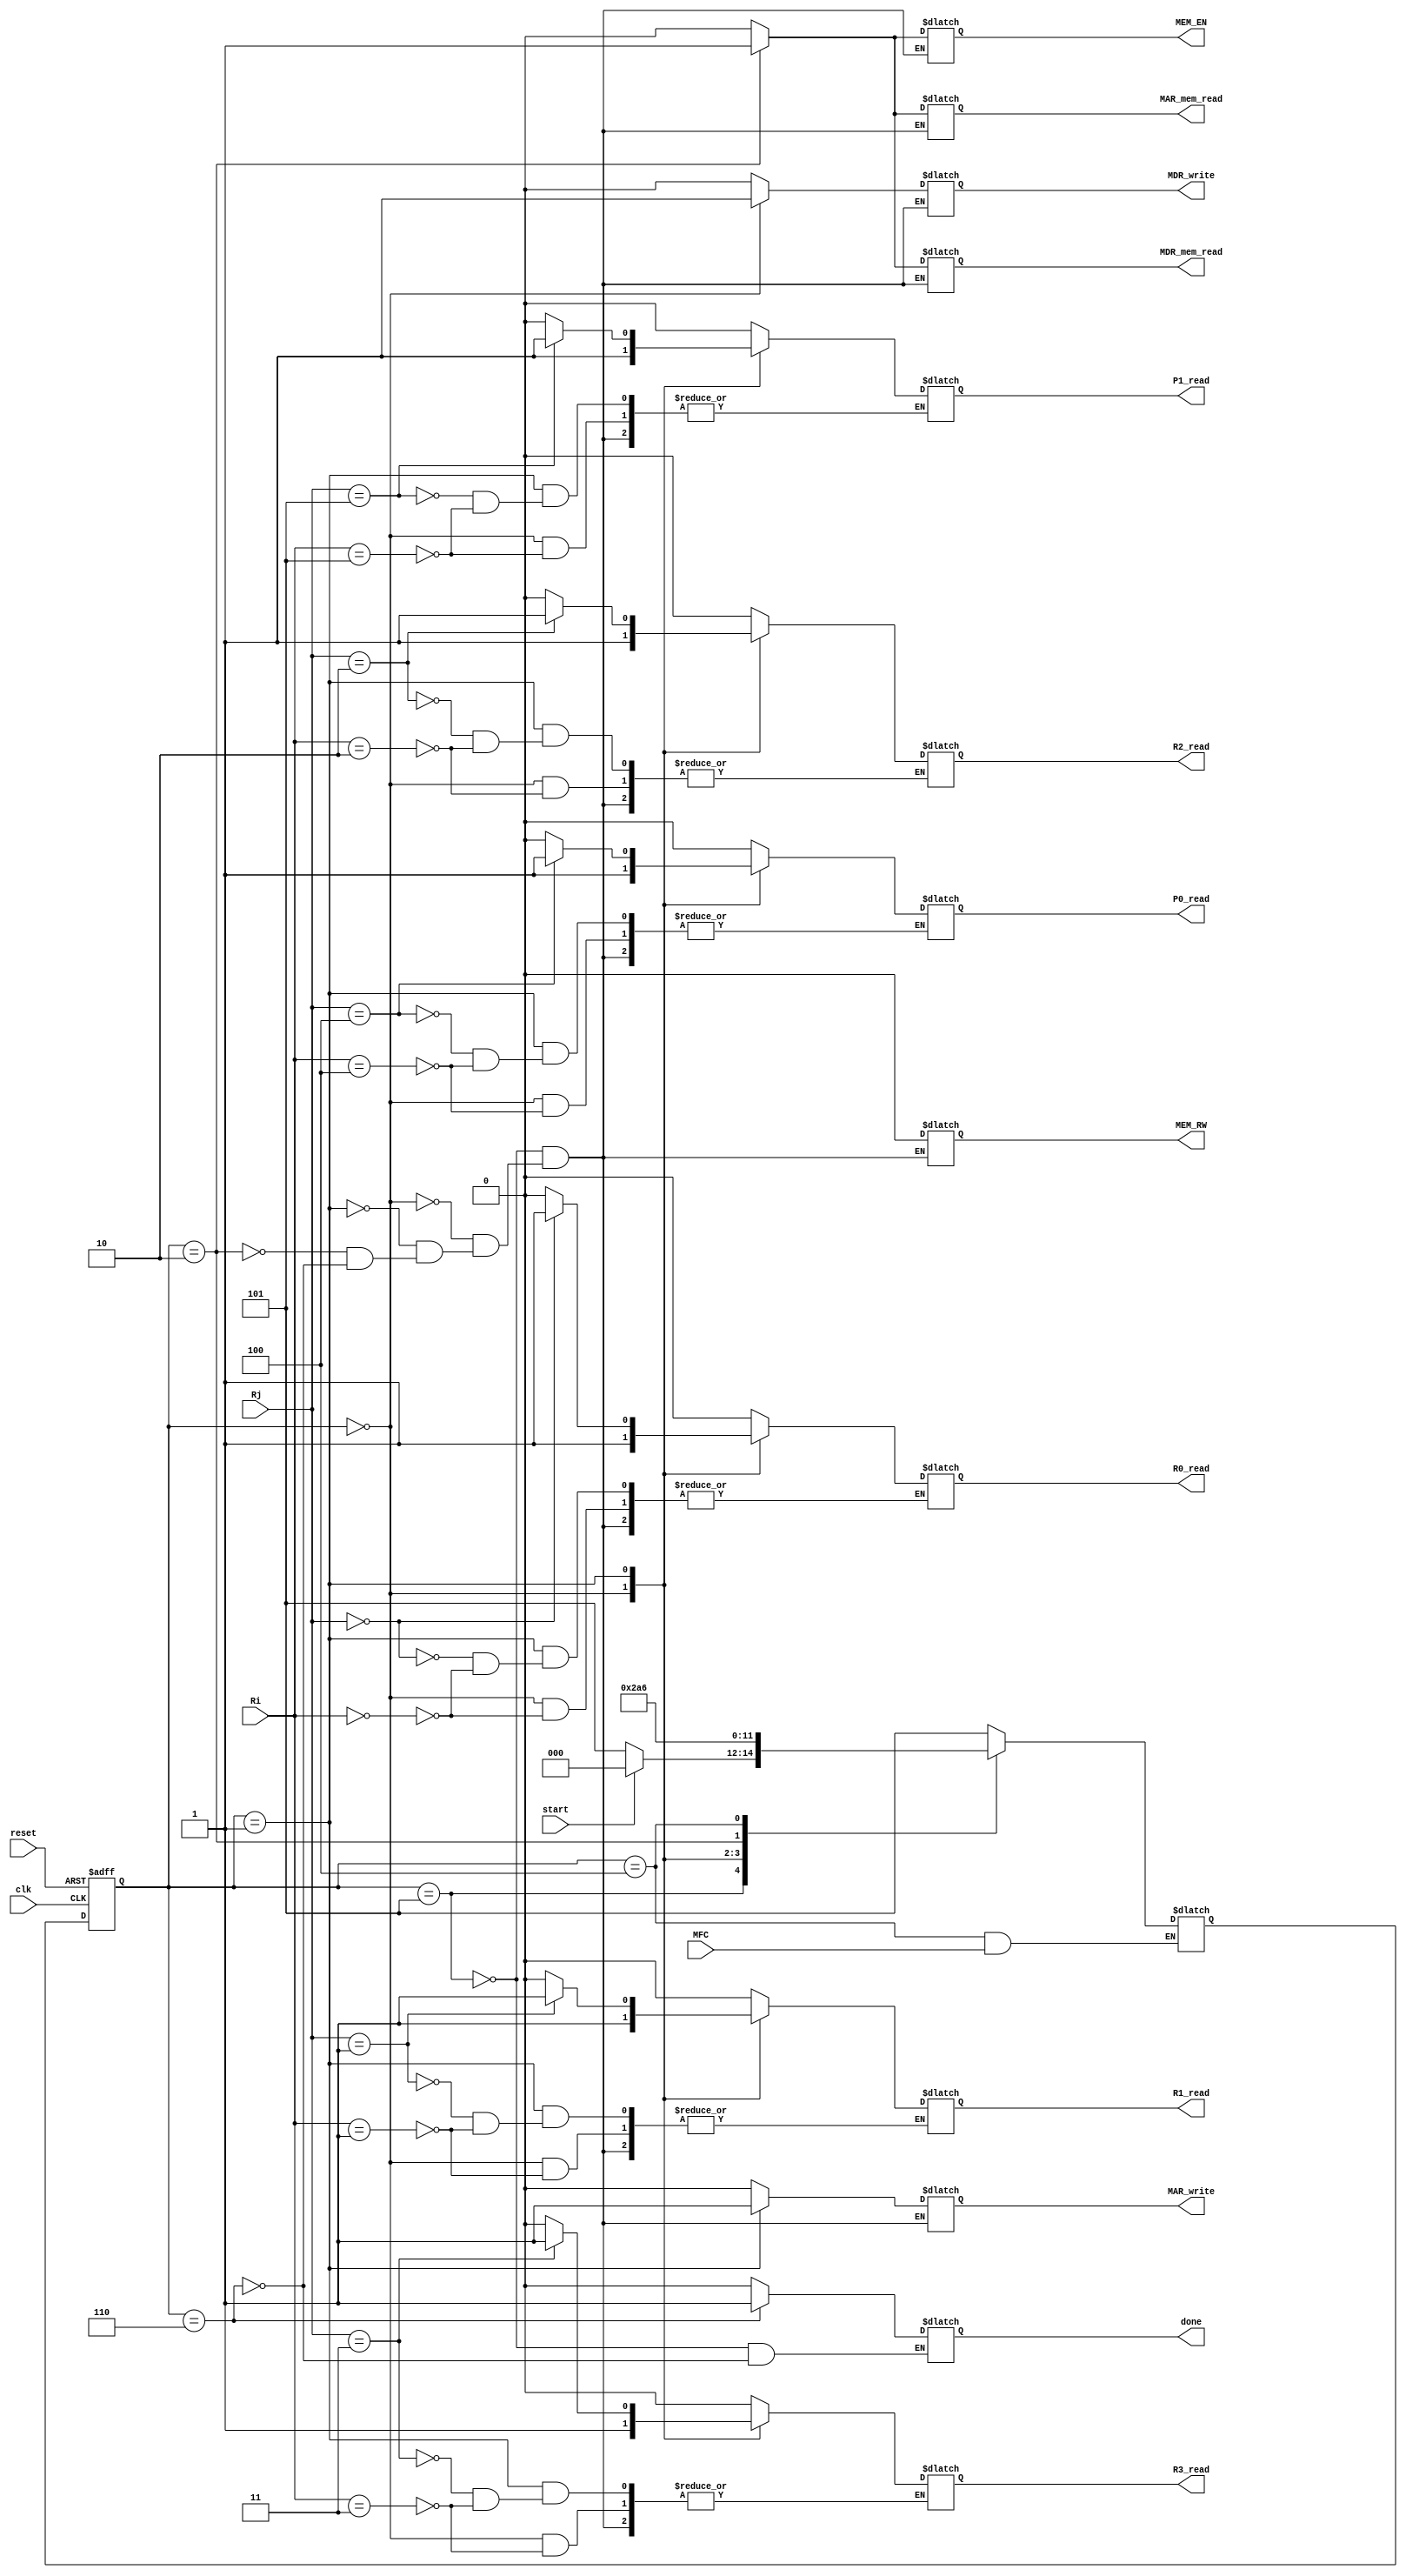
module Store
(
    clk, reset, start, MFC, Ri, Rj,
    R0_read,
    R1_read,
    R2_read,
    R3_read,
    P0_read,
    P1_read,
    MAR_write, MAR_mem_read, 
    MEM_RW, MEM_EN, 
    MDR_mem_read, MDR_write, 
    done
);

input clk, reset, start, MFC;
input[5:0] Ri, Rj;

output reg R0_read;
output reg R1_read;
output reg R2_read;
output reg R3_read;
output reg P0_read;
output reg P1_read;
output reg MAR_write, MAR_mem_read;
output reg MEM_RW, MEM_EN;
output reg MDR_mem_read, MDR_write;
output reg done;


reg[2:0] pres_state, next_state;
parameter  st0 = 0, st1 = 1, st2 = 2, WAIT1 = 4, init = 5, DONE = 6;

//FSM register
always @(posedge clk or posedge reset)
    begin:statereg
        if (reset)  pres_state <= init; 
        else        pres_state <= next_state;
    end //stateregFSM Description by VerilogExample

//FSM next state logic
always @(pres_state or MFC or start)
begin: fsm
    case (pres_state)

        init: begin
            if(start) next_state <= st0;
            else next_state <= init;
        end

        st0: next_state <= st1;

        st1: next_state <= st2;

        st2: next_state <= WAIT1;

        WAIT1: if(!MFC) next_state <= DONE;
    
        DONE: next_state <= init;

        default: next_state<= init;

    endcase end //fsm

//Moore output definition using pres_state only
always   @(pres_state)
begin: outputs
    case (pres_state)

        init: begin 

            R0_read      <= 0;
            R1_read      <= 0;
            R2_read      <= 0;
            R3_read      <= 0;
            P0_read      <= 0;
            P1_read      <= 0;
            MAR_write    <= 0; MAR_mem_read <= 0;
            MEM_RW       <= 0; MEM_EN       <= 0;
            MDR_mem_read <= 0; MDR_write    <= 0;
            done <= 0;

        end

        st0: begin

            case(Ri)

                0: R0_read <= 1;
                1: R1_read <= 1;
                2: R2_read <= 1;
                3: R3_read <= 1;
                4: P0_read <= 1;
                5: P1_read <= 1;

            endcase

            MAR_write    <= 0; MAR_mem_read <= 0;
            MEM_RW       <= 0; MEM_EN       <= 0;
            MDR_mem_read <= 0; MDR_write    <= 1;

            end

        st1: begin

            case(Ri)

            0: R0_read <= 0;
            1: R1_read <= 0;
            2: R2_read <= 0;
            3: R3_read <= 0;
            4: P0_read <= 0;
            5: P1_read <= 0;

            endcase

            case(Rj)

                0: R0_read <= 1;
                1: R1_read <= 1;
                2: R2_read <= 1;
                3: R3_read <= 1;
                4: P0_read <= 1;
                5: P1_read <= 1;

            endcase

            MAR_write    <= 1; MAR_mem_read <= 0;
            MEM_RW       <= 0; MEM_EN       <= 0;
            MDR_mem_read <= 0; MDR_write    <= 0;

        end

        st2: begin
            R0_read      <= 0;
            R1_read      <= 0;
            R2_read      <= 0;
            R3_read      <= 0;
            P0_read      <= 0;
            P1_read      <= 0;
            MAR_write    <= 0; MAR_mem_read <= 1;
            MEM_RW       <= 0; MEM_EN       <= 1;
            MDR_mem_read <= 1; MDR_write    <= 0;
        end

        WAIT1: begin

            // R0_read      <= 0;
            // R1_read      <= 0;
            // R2_read      <= 0;
            // R3_read      <= 0;
            // P0_read      <= 0;
            // P1_read      <= 0;
            // MAR_write    <= 0; MAR_mem_read <= 0;
            // MEM_RW       <= 0; MEM_EN       <= 0;
            // MDR_mem_read <= 0; MDR_write    <= 0;
          
        end

        DONE: begin

            R0_read      <= 0;
            R1_read      <= 0;
            R2_read      <= 0;
            R3_read      <= 0;
            P0_read      <= 0;
            P1_read      <= 0;
            MAR_write    <= 0; MAR_mem_read <= 0;
            MEM_RW       <= 0; MEM_EN       <= 0;
            MDR_mem_read <= 0; MDR_write    <= 0;
            done <= 0;
            done <= 1;

        end

    endcase 
end //fsm          

endmodule